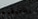
بالتوقيع